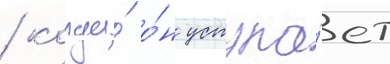
/ когда́ о́н уступа́ет